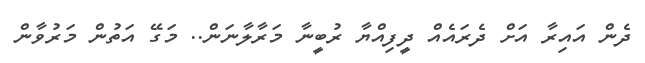
ދެން އައިރާ އަށް ދެރައެއް ދީފިއްޔާ ރުބީނާ މަރާލާނަން.. މަގޭ އަތުން މަރުވާން